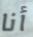
أنا